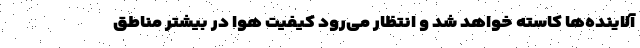
آلاینده‌ها کاسته خواهد شد و انتظار می‌رود کیفیت هوا در بیشتر مناطق